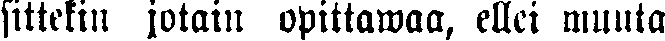
sittekin jotain opittawaa, ellei muuta